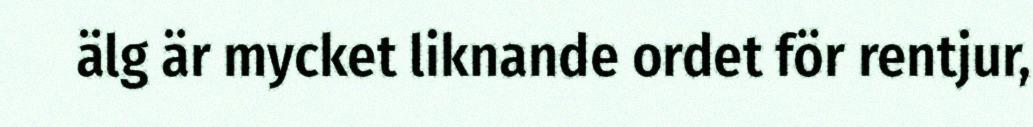
älg är mycket liknande ordet för rentjur,